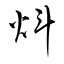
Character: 炓